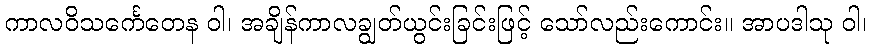
ကာလဝိသင်္ကေတေန ဝါ၊ အချိန်ကာလချွတ်ယွင်းခြင်းဖြင့် သော်လည်းကောင်း။ အာပဒါသု ဝါ၊